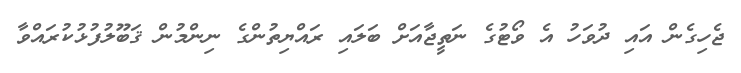
ޖެހިގެން އައި ދުވަހު އެ ވޯޓުގެ ނަތީޖާއަށް ބަލައި ރައްޔިތުންގެ ނިންމުން ޤަބޫލުފުޅުކުރައްވާ